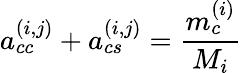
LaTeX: a_{cc}^{(i,j)}+a_{cs}^{(i,j)}=\frac{m_{c}^{(i)}}{M_{i}}